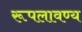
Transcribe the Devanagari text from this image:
रूपलावण्य